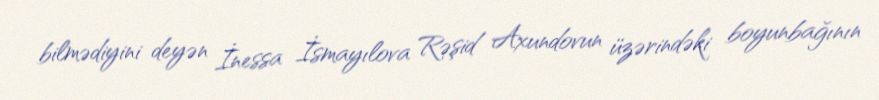
bilmədiyini deyən İnessa İsmayılova Rəşid Axundovun üzərindəki boyunbağının